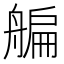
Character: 艑